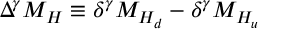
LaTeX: \Delta ^ { \gamma } M _ { H } \equiv \delta ^ { \gamma } M _ { H _ { d } } - \delta ^ { \gamma } M _ { H _ { u } }